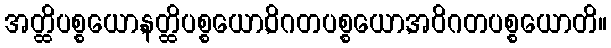
အတ္ထိပစ္စယော,နတ္ထိပစ္စယော,ဝိဂတပစ္စယော,အဝိဂတပစ္စယောတိ။